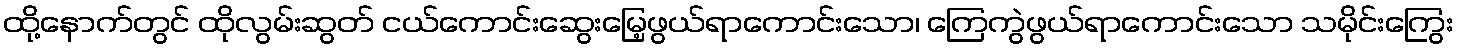
ထို့နောက်တွင် ထိုလွမ်းဆွတ် ငယ်ကောင်းဆွေးမြေ့ဖွယ်ရာကောင်းသော၊ ကြေကွဲဖွယ်ရာကောင်းသော သမိုင်းကြွေး